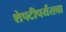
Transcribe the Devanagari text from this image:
शेपटीपर्यंतचा